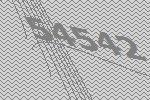
54542